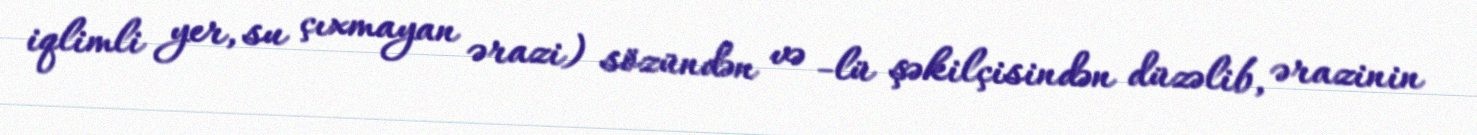
iqlimli yer, su çıxmayan ərazi) sözündən və -lü şəkilçisindən düzəlib, ərazinin